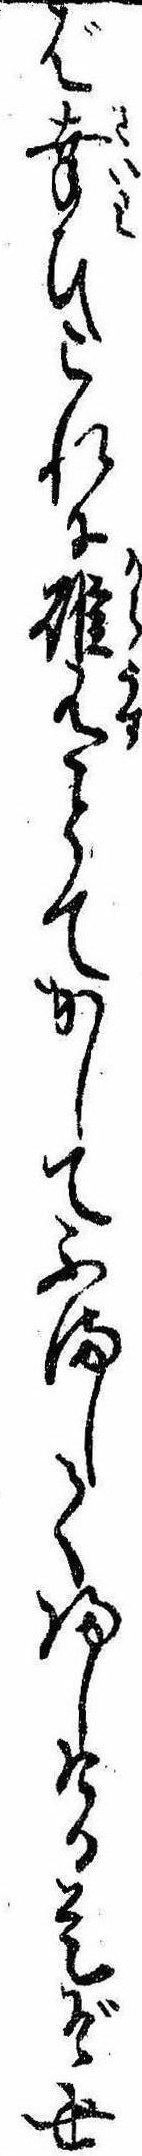
ば幸ひこれに碓有とてかしてふまして帰しける是ぞ世